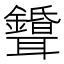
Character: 𦘌